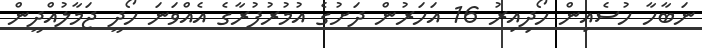
ނަބާހާ ހުސެއިން ހޯދިއިރު 16 އަހަރުން ދަށުގެ އުމުރުފުރާގެ އެއްވަނަ ހޯދީ ޖަމާލުއްދީން